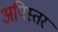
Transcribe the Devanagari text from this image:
अपिस्तर